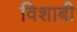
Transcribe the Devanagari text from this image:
विशाबी